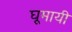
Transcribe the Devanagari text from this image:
घूमायी